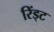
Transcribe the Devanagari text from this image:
रिंड्ट